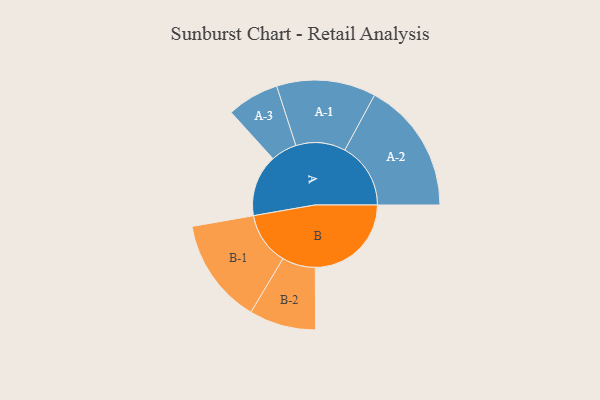
{"axis": {"x": "Segment", "y": "Value"}, "legend": ["", "A", "B"], "data": [{"x": "A", "y": 254, "type": ""}, {"x": "B", "y": 395, "type": ""}, {"x": "A-1", "y": 204, "type": "A"}, {"x": "A-2", "y": 271, "type": "A"}, {"x": "A-3", "y": 107, "type": "A"}, {"x": "B-1", "y": 217, "type": "B"}, {"x": "B-2", "y": 137, "type": "B"}]}